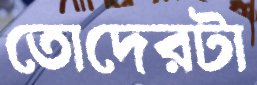
তোদেরটা